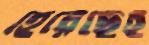
হেরেছেই